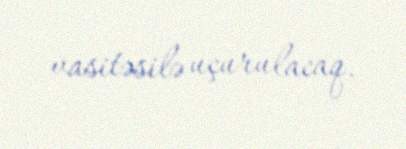
vasitəsilə uçurulacaq.